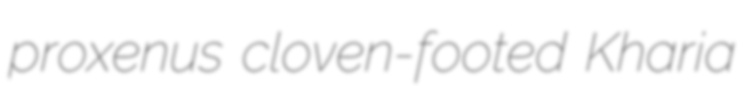
proxenus cloven-footed Kharia